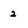
Character: 2